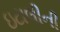
ઇટાલીની